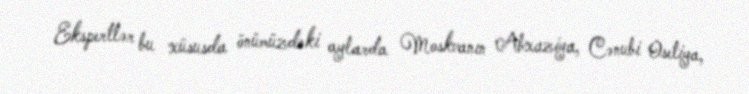
Ekspertlər bu xüsusda önümüzdəki aylarda Moskvanın Abxaziya, Cənubi Osetiya,